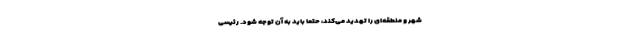
شهر و منطقه‌ای را تهدید می‌کند، حتماً باید به آن توجه شود. رئیسی